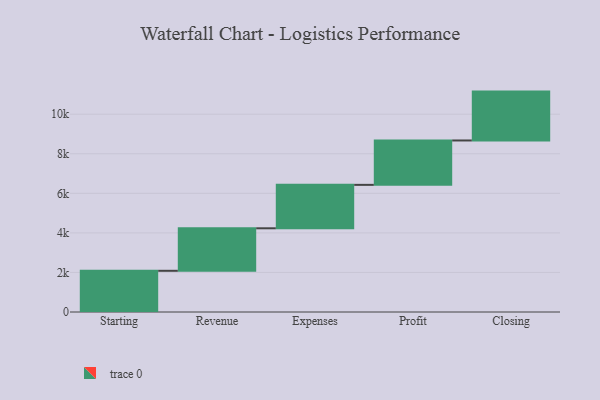
{"axis": {"x": "Step", "y": "Value"}, "legend": [""], "data": [{"x": "Starting", "y": 2083.0, "type": ""}, {"x": "Revenue", "y": 2149.0, "type": ""}, {"x": "Expenses", "y": 2196.0, "type": ""}, {"x": "Profit", "y": 2244.0, "type": ""}, {"x": "Closing", "y": 2471.0, "type": ""}]}